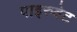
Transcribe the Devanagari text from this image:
पाइरुवेट